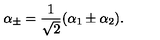
\alpha _ { \pm } = { \frac { 1 } { \sqrt 2 } } ( \alpha _ { 1 } \pm \alpha _ { 2 } ) .